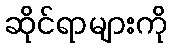
ဆိုင်ရာများကို